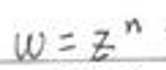
$w = z ^ { n }$